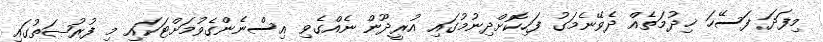
މިފަދަ ފަސޭހަ ޚިދުމަތެއް ދެވޭނެމަގު ފަހިކޮށްދިނުމުގައި އުރީދޫން ނެއްގެވި އިސްނެންގެވުމަށްޓަކައި މި ފުރުޞަތުގައި